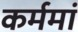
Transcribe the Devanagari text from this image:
कर्ममां